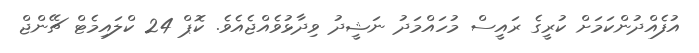
އުފެއްދުންކަމަށް ކުރީގެ ރައީސް މުހައްމަދު ނަޝީދު ވިދާޅުވެއްޖެއެވެ. ކޮޕް 24 ކްލައިމެޓް ޗޭންޖް